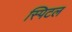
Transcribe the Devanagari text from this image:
स्पिटल